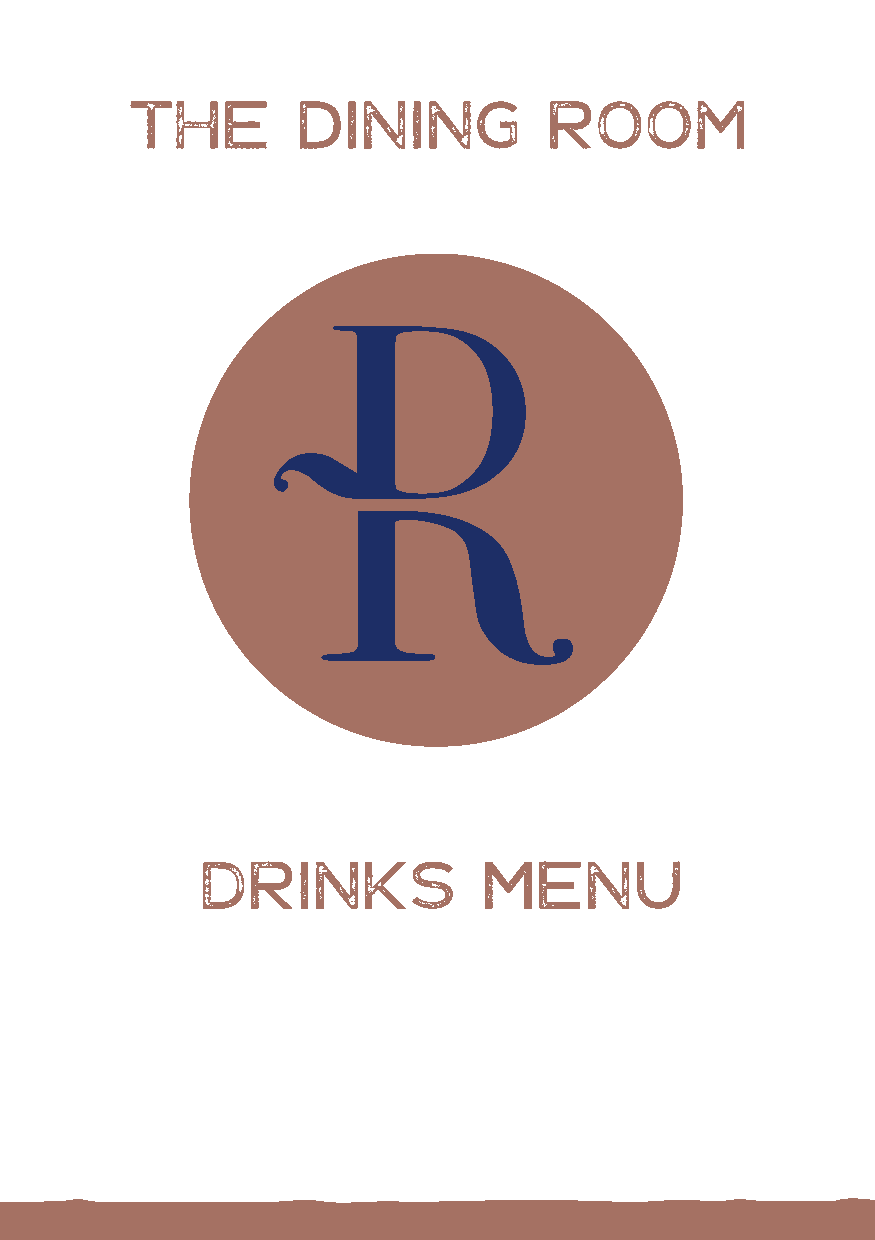
THe        dining          room
 Drinks             Menu
 DiningRoom-A5-DessertMenu.indd 1                 20/06/2019 09:40